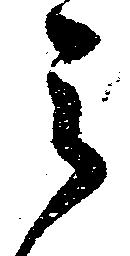
之